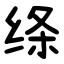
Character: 绦